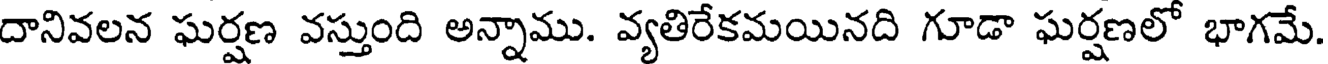
దానివలన ఘర్షణ వస్తుంది అన్నాము. వ్యతిరేకమయినది గూడా ఘర్షణలో భాగమే.